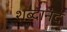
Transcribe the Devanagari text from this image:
शब्दानंद